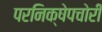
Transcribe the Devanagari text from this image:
परनिक्षेपचोरी